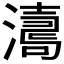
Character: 𤁟